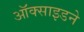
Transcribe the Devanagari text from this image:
ऑक्साइडने